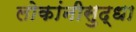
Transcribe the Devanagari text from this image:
लोकांनीसुद्धा